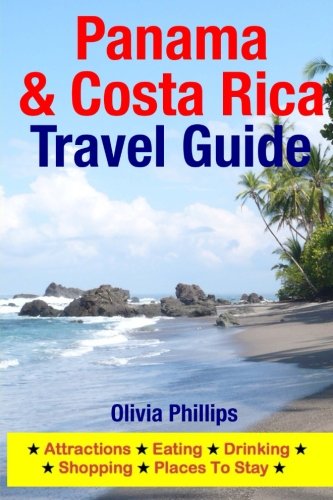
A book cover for Panama & Costa Rica Travel Guide: Attractions, Eating, Drinking, Shopping & Places To Stay; Olivia Phillips; Travel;